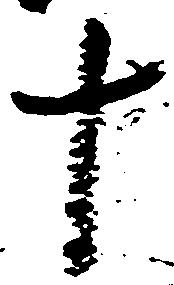
十